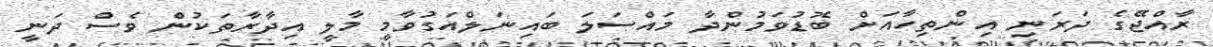
ރާއްޖޭގެ ދަރަނި އިންތިހާއަށް ބޮޑުވަމުންދާ މައްސަލަ ބައިނަލްއަގުވާމީ މާލީ އިދާރާތަކުން ވެސް ދަނީ